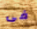
فى